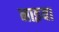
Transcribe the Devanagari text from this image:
नाइया